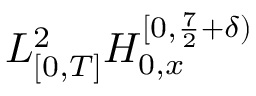
L _ { [ 0 , T ] } ^ { 2 } H _ { 0 , x } ^ { [ 0 , \frac { 7 } { 2 } + \delta ) }